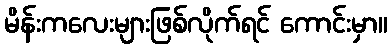
မိန်းကလေးများဖြစ်လိုက်ရင် ကောင်းမှာ။